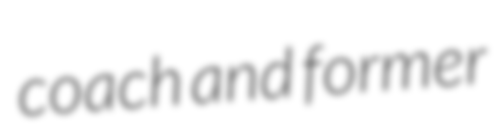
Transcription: coach and former